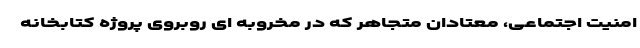
امنیت اجتماعی، معتادان متجاهر که در مخروبه ای روبروی پروژه کتابخانه